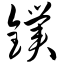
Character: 镤